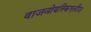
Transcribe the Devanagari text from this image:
वाजनोवस्किएलीज